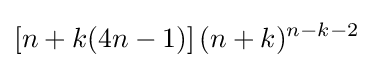
\left[n+k(4n-1)\right](n+k)^{n-k-2}